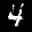
Label: 4